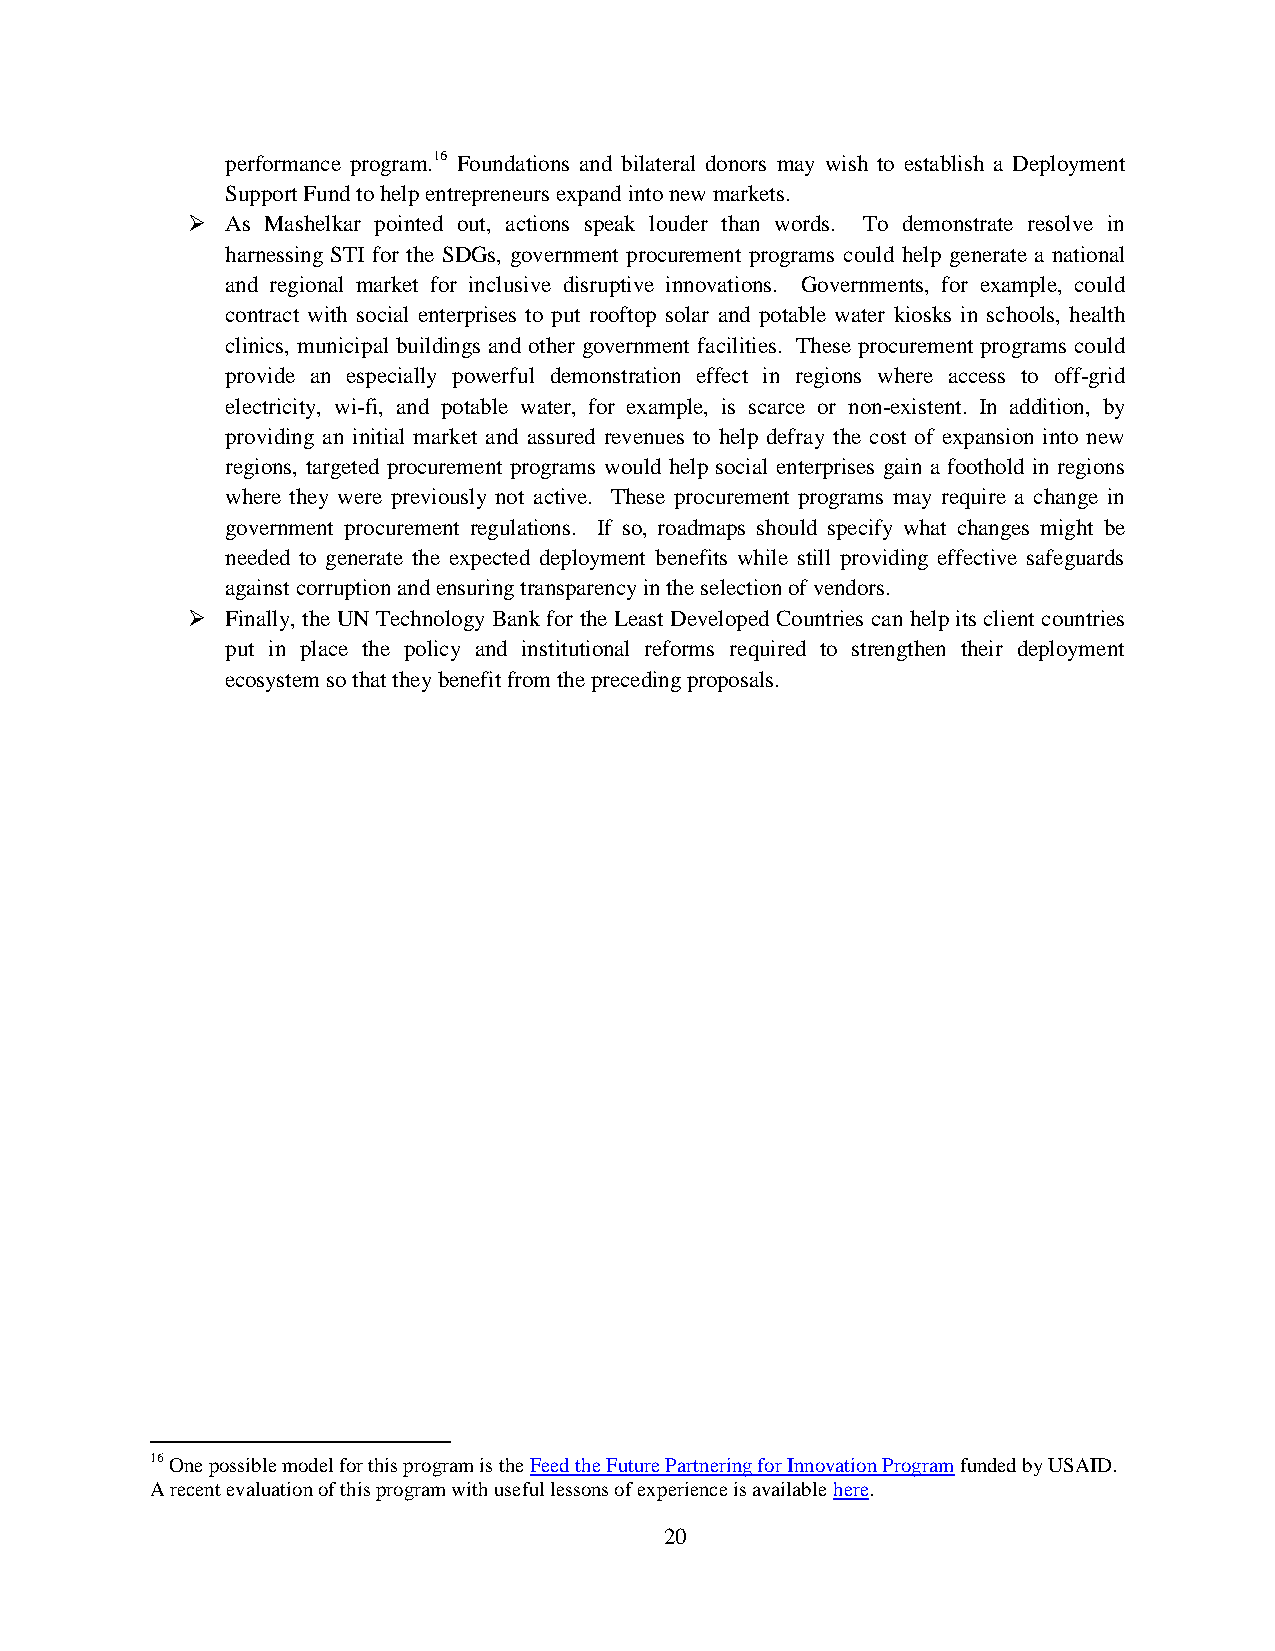
performance program.16 Foundations and bilateral donors may wish to establish a Deployment
 Support Fund to help entrepreneurs expand into new markets.
   As Mashelkar pointed out, actions speak louder than words. To demonstrate resolve in
 harnessing STI for the SDGs, government procurement programs could help generate a national
 and regional market for inclusive disruptive innovations. Governments, for example, could
 contract with social enterprises to put rooftop solar and potable water kiosks in schools, health
 clinics, municipal buildings and other government facilities. These procurement programs could
 provide an especially powerful demonstration effect in regions where access to off-grid
 electricity, wi-fi, and potable water, for example, is scarce or non-existent. In addition, by
 providing an initial market and assured revenues to help defray the cost of expansion into new
 regions, targeted procurement programs would help social enterprises gain a foothold in regions
 where they were previously not active. These procurement programs may require a change in
 government procurement regulations. If so, roadmaps should specify what changes might be
 needed to generate the expected deployment benefits while still providing effective safeguards
 against corruption and ensuring transparency in the selection of vendors.
   Finally, the UN Technology Bank for the Least Developed Countries can help its client countries
 put in place the policy and institutional reforms required to strengthen their deployment
 ecosystem so that they benefit from the preceding proposals.
 16 One possible model for this program is the Feed the Future Partnering for Innovation Program funded by USAID.
 A recent evaluation of this program with useful lessons of experience is available here.
 20